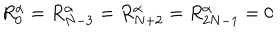
R _ { 0 } ^ { \alpha } = R _ { N - 3 } ^ { \alpha } = R _ { N + 2 } ^ { \alpha } = R _ { 2 N - 1 } ^ { \alpha } = 0